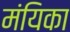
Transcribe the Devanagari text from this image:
मंयिका